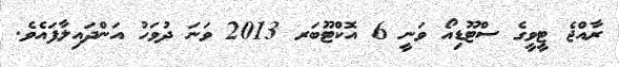
ރާއްޖެ ޓީވީގެ ސްޓޫޑިއޯ ވަނީ 6 އޮކްޓޫބަރ 2013 ވަނަ ދުވަހު އަންދައިލާފައެވެ.